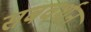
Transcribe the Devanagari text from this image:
सबवर्शन